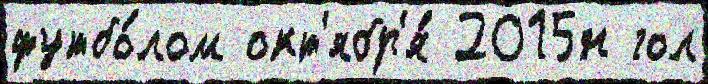
футбо́лом окт'ябр'я́ 2015н гол